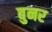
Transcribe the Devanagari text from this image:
बुनर